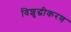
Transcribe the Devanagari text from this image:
विशुद्धीकरण